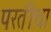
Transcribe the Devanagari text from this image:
परतीचा